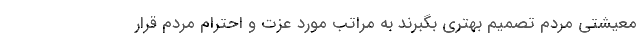
معیشتی مردم تصمیم بهتری بگبرند به مراتب مورد عزت و احترام مردم قرار